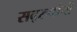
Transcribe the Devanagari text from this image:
सद्‌रुपांची